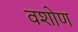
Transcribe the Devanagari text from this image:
वशोण